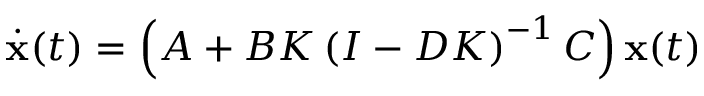
{ \dot { \mathbf { x } } } ( t ) = \left( A + B K \left( I - D K \right) ^ { - 1 } C \right) \mathbf { x } ( t )